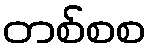
တစ်စစ